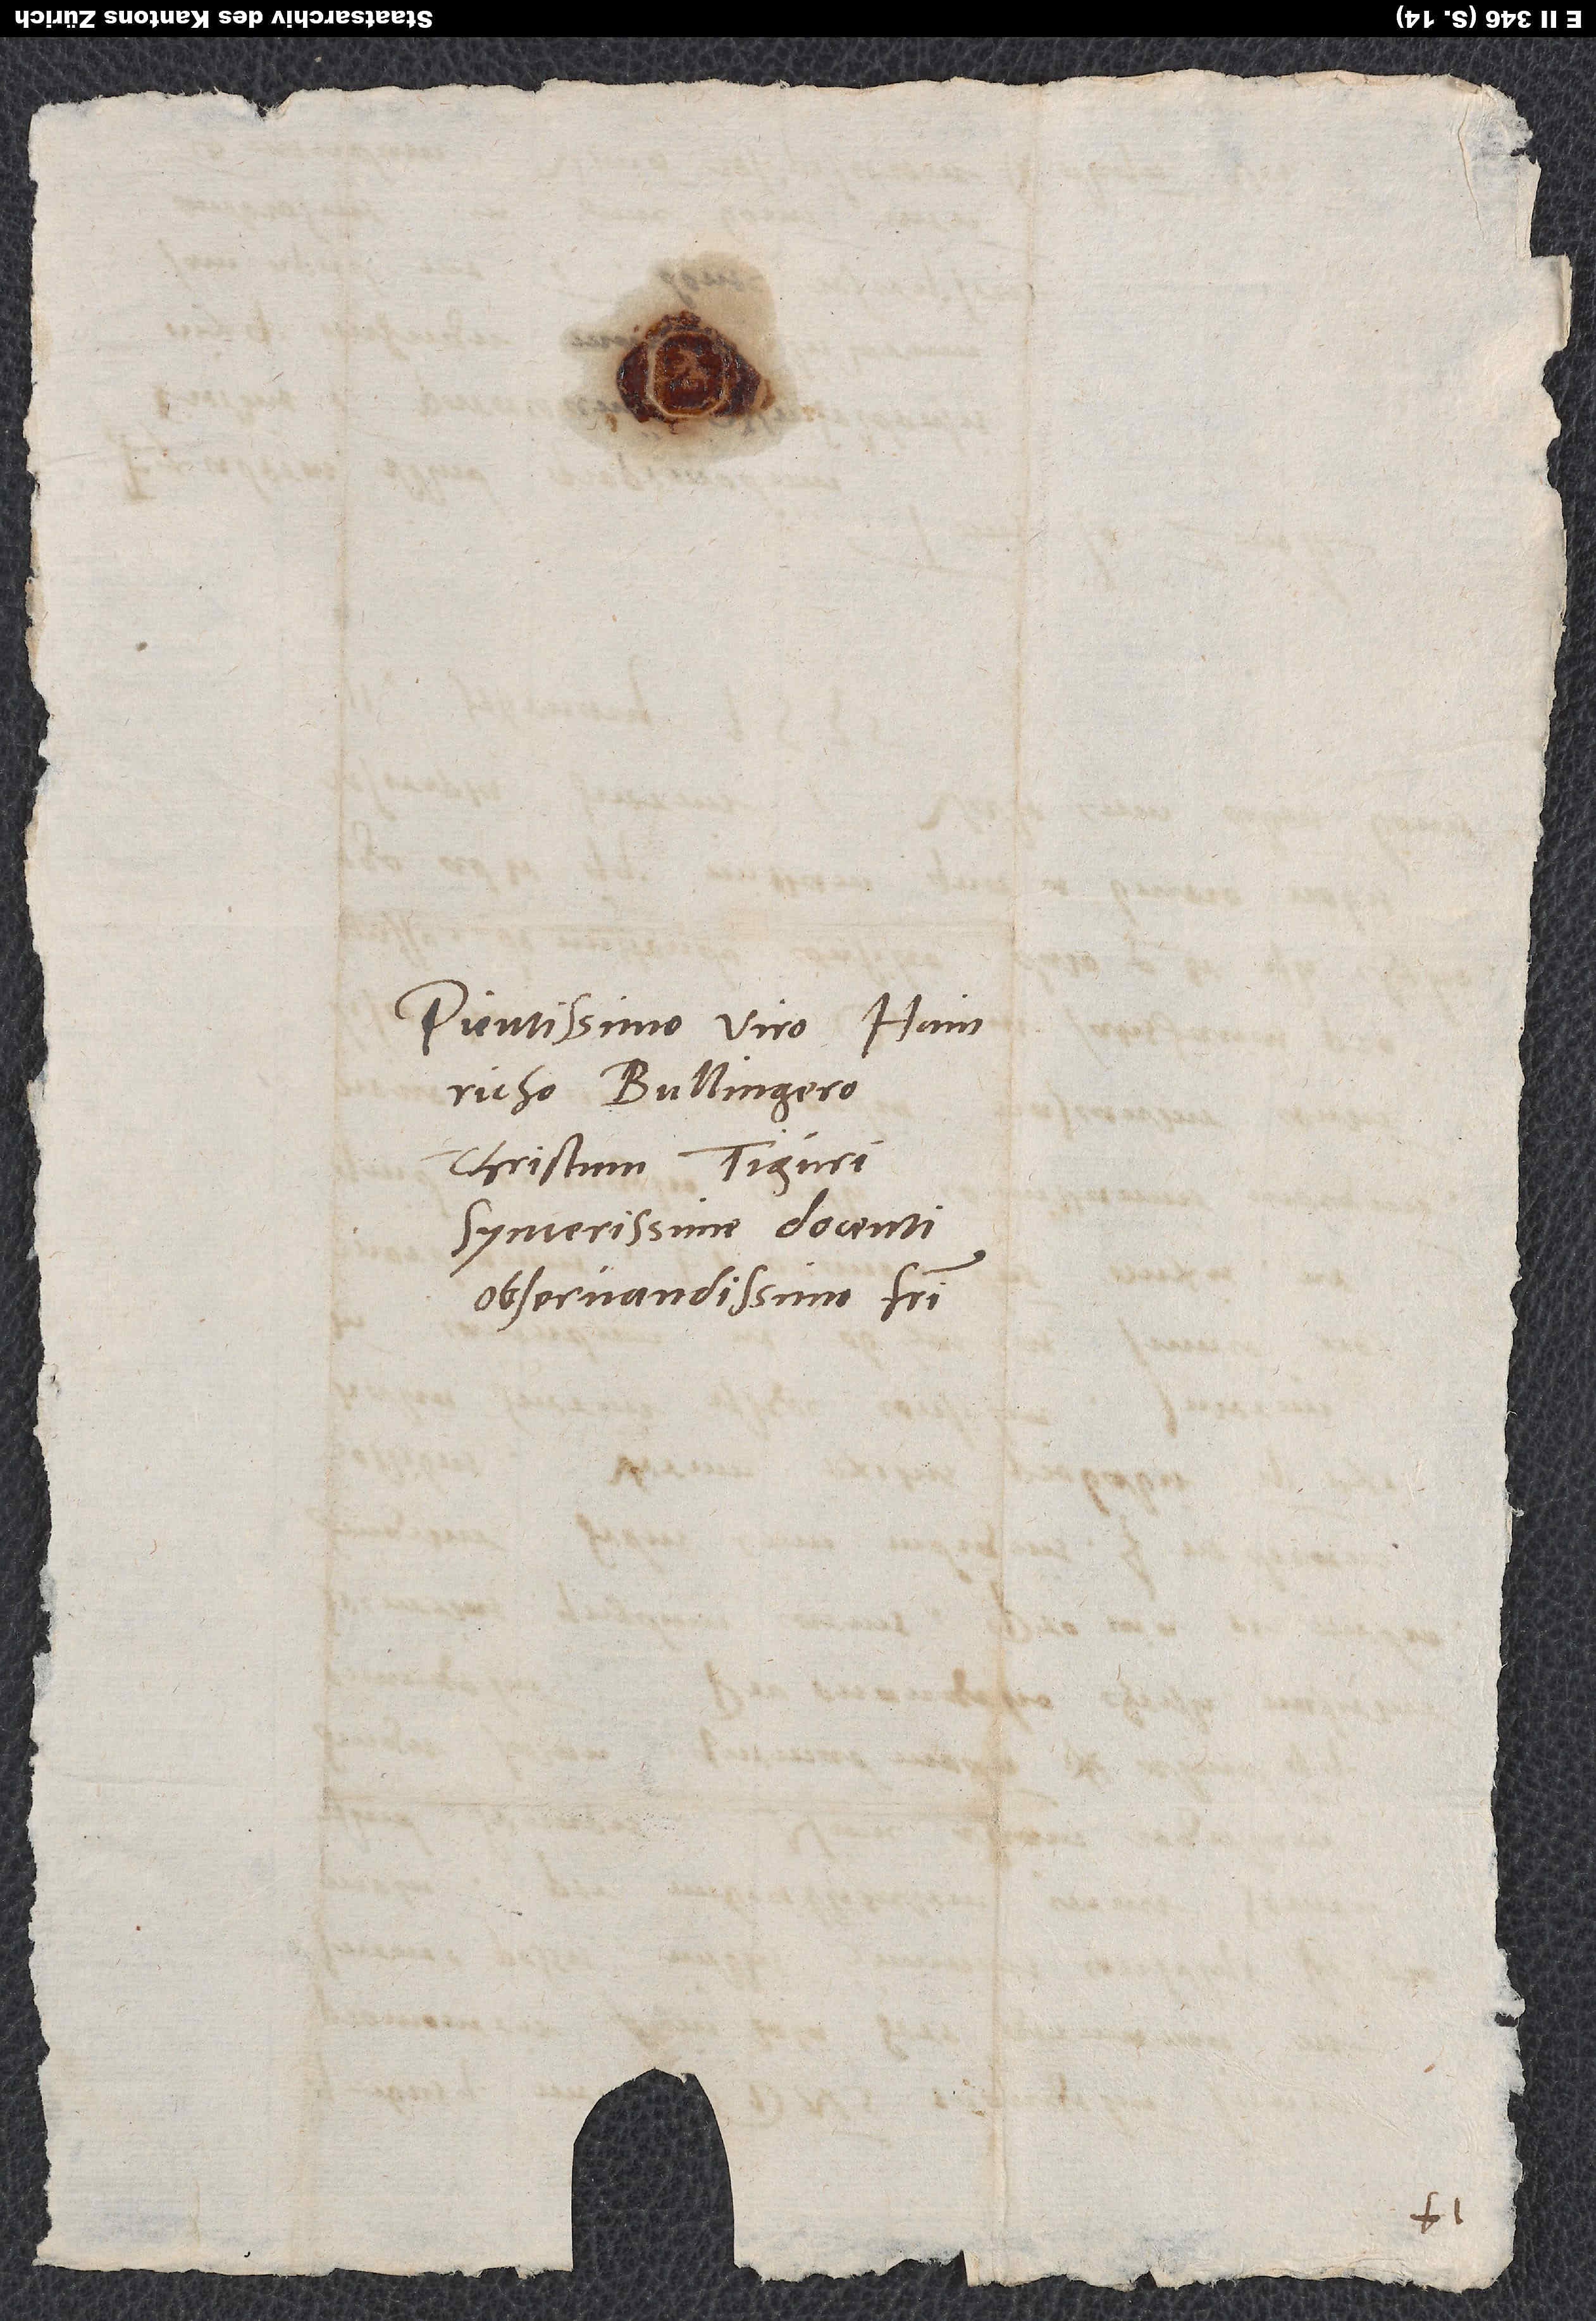
Pientissimo viro Hainricho
Bullingero
Christum Tiguri
syncerissime docenti,
observandissimo fratri.